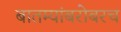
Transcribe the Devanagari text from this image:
बातम्यांबरोबरच